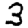
Digit: 3